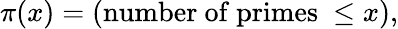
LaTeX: \pi(x)=({\mathrm{number~of~primes~}}\leq x),